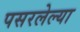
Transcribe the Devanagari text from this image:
पसरलेल्‍या